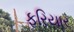
ફરિયાર